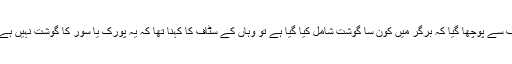
جب وہاں موجود سٹاف سے پوچھا گیا کہ برگر میں کون سا گوشت شامل کیا گیا ہے تو وہاں کے سٹاف کا کہنا تھا کہ یہ پورک یا سوٗر کا گوشت نہیں ہےبلکہ ڈریگن میٹ ہے۔